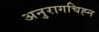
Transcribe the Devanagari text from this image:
अनुरागचिह्न